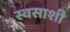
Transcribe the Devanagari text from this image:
स्वसाशी